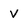
Character: v